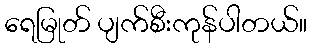
ရေမြုတ် ပျက်စီးကုန်ပါတယ်။